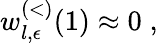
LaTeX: w_{l,\epsilon}^{(<)}(1)\approx 0\; ,